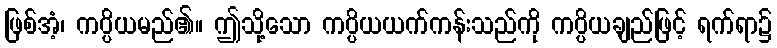
ဖြစ်အံ့၊ ကပ္ပိယမည်၏။ ဤသို့သော ကပ္ပိယယက်ကန်းသည်ကို ကပ္ပိယချည်ဖြင့် ရက်ရာ၌